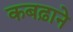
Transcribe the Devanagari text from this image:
कबढ़ाने